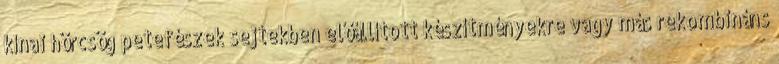
kínai hörcsög petefészek sejtekben előállított készítményekre vagy más rekombináns